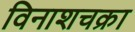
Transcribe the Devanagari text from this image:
विनाशचक्रा